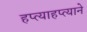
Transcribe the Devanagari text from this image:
हप्त्याहप्त्याने